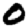
Digit: 0